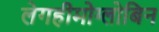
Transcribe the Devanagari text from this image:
लेगहीमोग्लोबिन